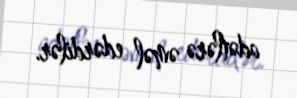
adətlərə əməl edərdilər.